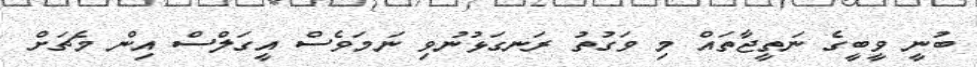
ބުނީ ވީބީގެ ނަތީޖާތައް މި ވަގުތު ރަނގަޅުނުވި ނަމަވެސް އީގަލްސް އިން މެޗަށް